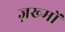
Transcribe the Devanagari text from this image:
ज़ख्‍मों